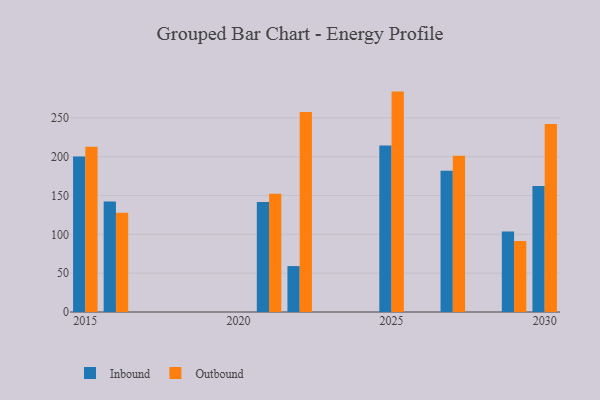
{"axis": {"x": "Year", "y": "Market Share (%)"}, "legend": ["Inbound", "Outbound"], "data": [{"x": "2025", "y": 214.3, "type": "Inbound"}, {"x": "2025", "y": 283.8, "type": "Outbound"}, {"x": "2027", "y": 181.9, "type": "Inbound"}, {"x": "2027", "y": 201.1, "type": "Outbound"}, {"x": "2021", "y": 141.6, "type": "Inbound"}, {"x": "2021", "y": 152.4, "type": "Outbound"}, {"x": "2029", "y": 103.7, "type": "Inbound"}, {"x": "2029", "y": 91.5, "type": "Outbound"}, {"x": "2022", "y": 59.1, "type": "Inbound"}, {"x": "2022", "y": 257.4, "type": "Outbound"}, {"x": "2030", "y": 162.2, "type": "Inbound"}, {"x": "2030", "y": 242.2, "type": "Outbound"}, {"x": "2016", "y": 142.3, "type": "Inbound"}, {"x": "2016", "y": 127.7, "type": "Outbound"}, {"x": "2015", "y": 200.3, "type": "Inbound"}, {"x": "2015", "y": 212.8, "type": "Outbound"}]}